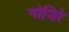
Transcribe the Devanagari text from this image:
गोजिरे